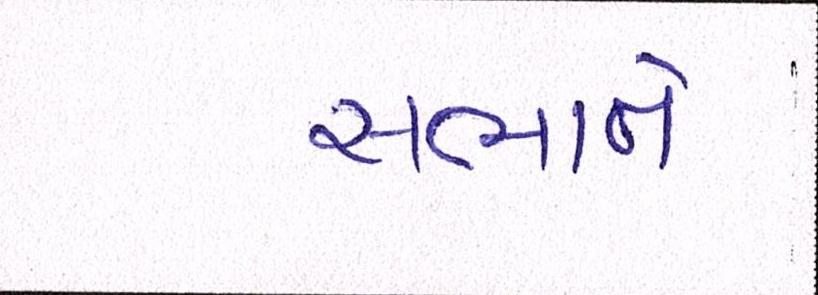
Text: સભાને